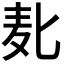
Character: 𱋅